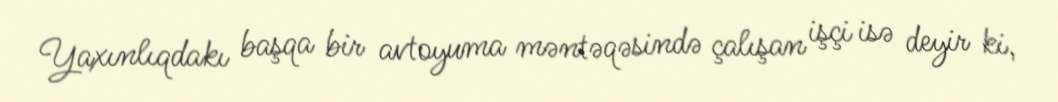
Yaxınlıqdakı başqa bir avtoyuma məntəqəsində çalışan işçi isə deyir ki,